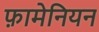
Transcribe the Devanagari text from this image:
फ़ामेनियन